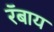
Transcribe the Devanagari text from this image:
रॅबाय